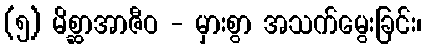
(၅) မိစ္ဆာအာဇီဝ - မှားစွာ အသက်မွေးခြင်း၊